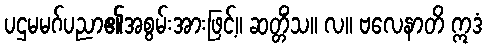
ပဌမမဂ်ပညာ၏အစွမ်းအားဖြင့်။ ဆတ္တိံသ။ လ။ ဗလေနာတိ ဣဒံ